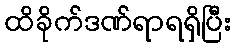
ထိခိုက်ဒဏ်ရာရရှိပြီး